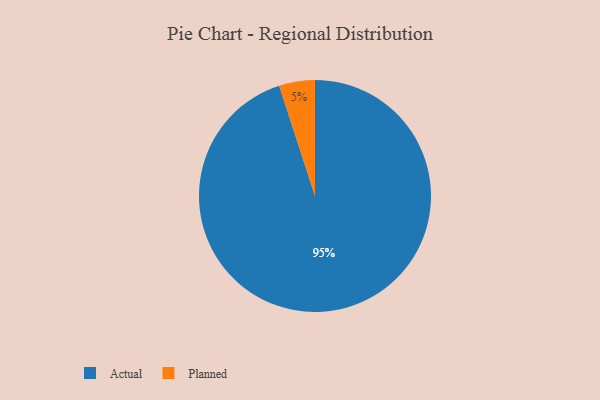
{"axis": {"x": "Category", "y": "Percentage"}, "legend": ["Actual", "Planned"], "data": [{"x": "Actual", "y": 95, "type": "Actual"}, {"x": "Planned", "y": 5, "type": "Planned"}]}